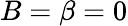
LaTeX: B=\beta=0